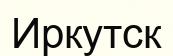
Иркутск